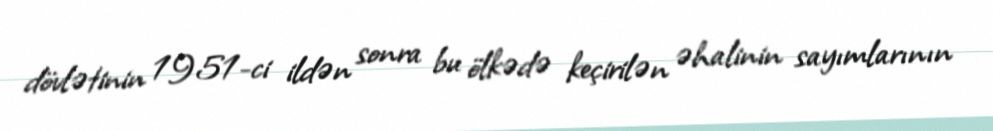
dövlətinin 1951-ci ildən sonra bu ölkədə keçirilən əhalinin sayımlarının